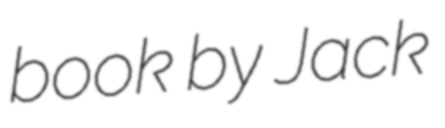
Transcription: book by Jack